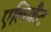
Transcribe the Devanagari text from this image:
एलिकैंट